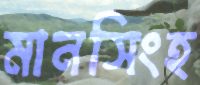
মানসিংহ